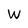
Character: w